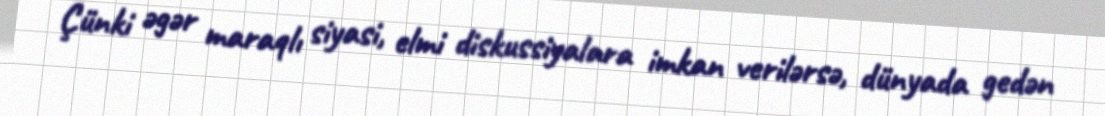
Çünki əgər maraqlı siyasi, elmi diskussiyalara imkan verilərsə, dünyada gedən